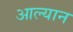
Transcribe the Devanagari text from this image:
आल्यान